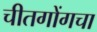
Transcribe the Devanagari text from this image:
चीतगोंगचा